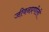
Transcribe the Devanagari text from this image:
जीवनप्रणीली